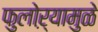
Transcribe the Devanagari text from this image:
फुलोऱ्यामुळे